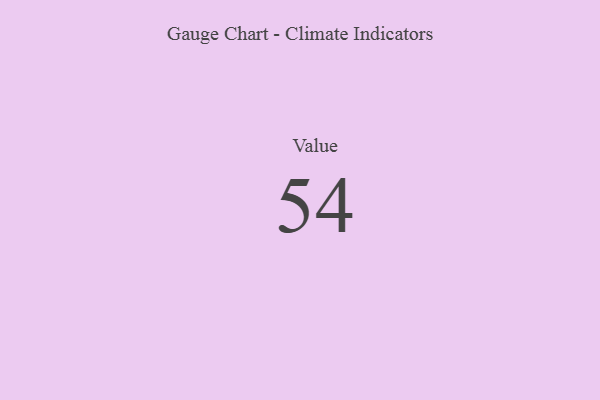
{"axis": {"x": "Metric", "y": "Value"}, "legend": [""], "data": [{"x": "Value", "y": 54, "type": ""}]}